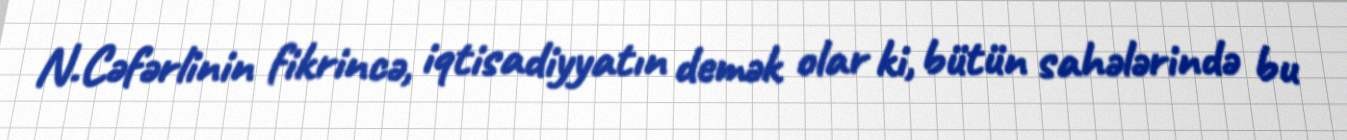
N.Cəfərlinin fikrincə, iqtisadiyyatın demək olar ki, bütün sahələrində bu